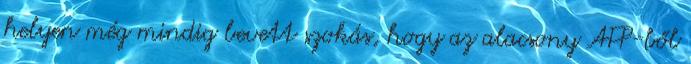
helyen még mindig bevett szokás, hogy az alacsony AFP-ből